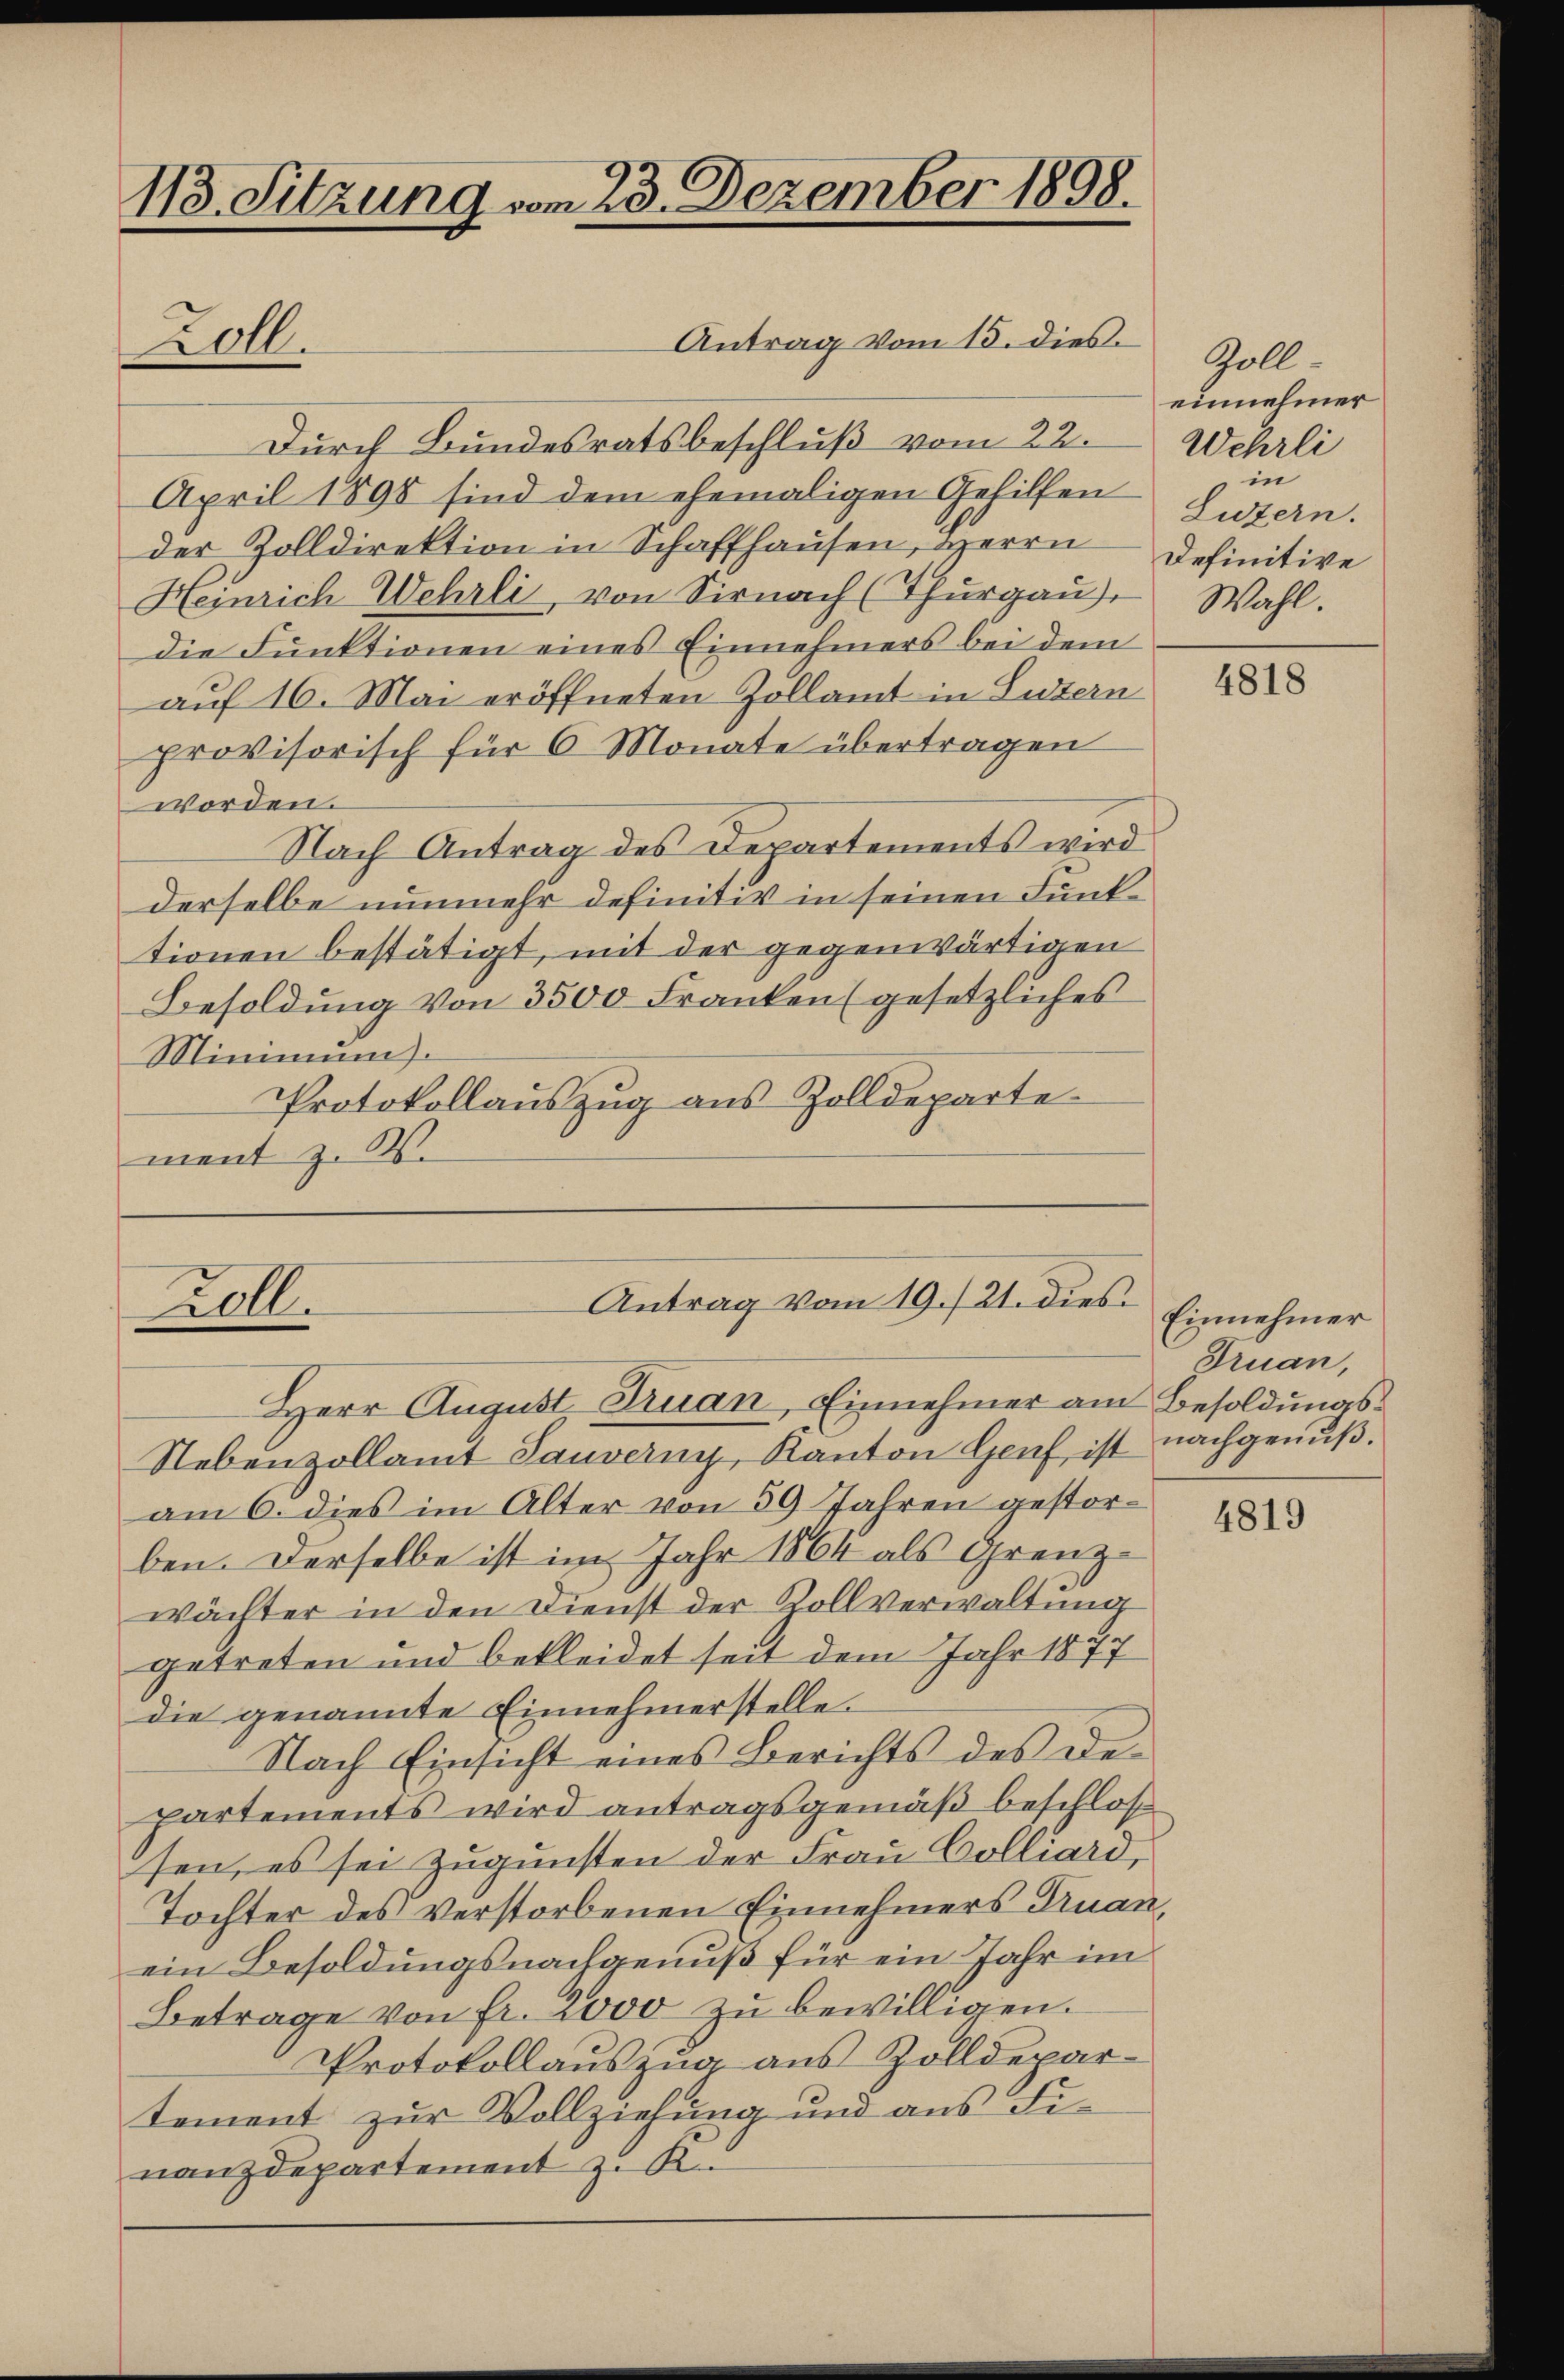
113. Sitzung vom 23. Dezember 1898.
Antrag vom 15. dies.
Loll.

Durch Bundesratsbeschluß vom 22.
April 1898 sind dem ehemaligen Gehilfen
der Zolldirektion in Schaffhausen, Herrn Definitive
Heinrich Wehrli, von Sirnach (Thurgau),
die Fŭnktionen eines Einnehmers bei dem
auf 16. Mai eröffneten Zollamt in Luzern
provisorisch für 6 Monate übertragen
worden.
Nach Antrag des Departements wird
derselbe nunmehr definitiv in seinen Funktionen bestätigt, mit der gegenwärtigen
Besoldung von 3500 Franken (gesetzliches
Minimum
Protokollauszug aus Zolldeparte.
ment z. W.

Antrag vom 19./21. dies
Zoll.

Herr August Truan, Einnehmer am Besoldungs¬
Nebenzollamt Sauverny, Kanton Genf ist
am 6. dies im Alter von 59 Jahren gestorben. Derselbe ist im Jahr 1864 als Grenzwächter in den Dienst der Rollverwaltung
getreten und bekleidet seit dem Jahr 1877
die genannte Einnehmerstelle.
Nach Einsicht eines Berichts des Departements wird antragsgemäß beschlos
sen, es sei zugunsten der Frau Colliard¬
Tochter des verstorbenen Einnehmers Truan,
ein Besoldungsnachgenuß für ein Jahr im
Betrage von fr. 2000 zŭ bewilligen.
Protokollauszug aus Zolldepartement zur Vollziehung und aus Finanzdepartement z. R.

Goll-
einnehmer
Wehrli
in
Luzern.
Wahl.

4818

Einnehmer
Truan,
nachgenuß.

4819